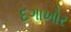
દગાખોર